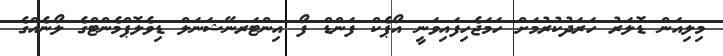
މިލިއަން ޑޮލަރު ހަރަދުކުރުމަށް ހަމަޖެހިފައިވަނީ އޯޕެކް ފަންޑް ފޯ އިންޓަރނޭޝަނަލް ޑިވެލޮޕްމެންޓްގެ ލޯނެއްގެ